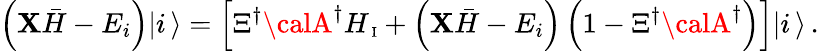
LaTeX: \left({\cal\mathbf{X}}{\bar{{H}}}-E_{i}\right)|i\, \rangle=\left[\Xi^{\dagger}{\calA}^{\dagger}H_{\mathrm{{\scriptsize~I}}}+\left({\cal\mathbf{X}}{\bar{{H}}}-E_{i}\right)\left(1-\Xi^{\dagger}{\calA}^{\dagger}\right)\right]|i\, \rangle\, .